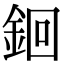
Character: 䤧